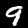
Label: 9